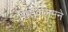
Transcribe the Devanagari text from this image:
शिसेकलमने